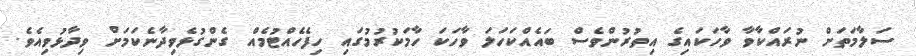
ސަލާމަތަށް ނުރައްކާވާ ވާހަކައިގެ އިތުރުންވެސް ބައެއްކަހަލަ ވާހަކަ ހާމަކުރުމުގައި ހިފެހެއްޓުމެއް ގެންގުޅެވިދާނެކަމަށް ވިދާޅުވިއެވެ.